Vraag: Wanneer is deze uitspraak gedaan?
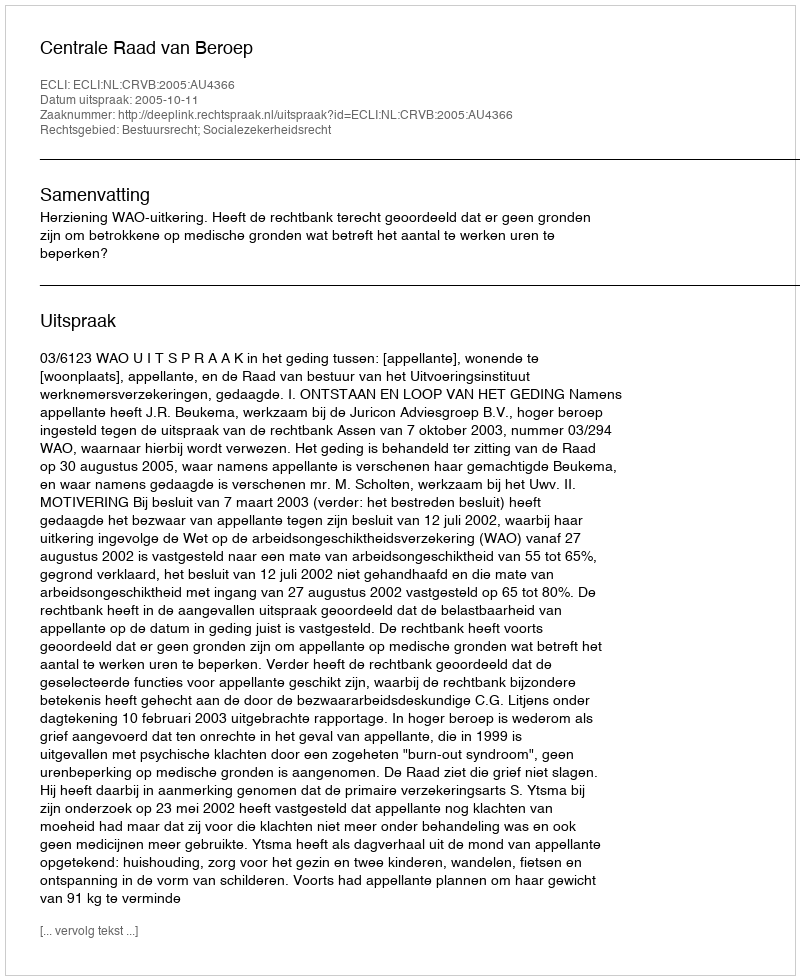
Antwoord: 2005-10-11